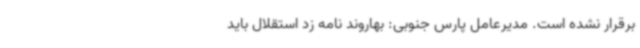
برقرار نشده است. مدیرعامل پارس جنوبی: بهاروند نامه زد استقلال باید